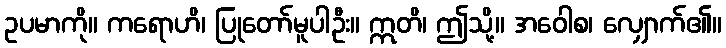
ဥပမာကို။ ကရောဟိ၊ ပြုတော်မူပါဦး။ ဣတိ၊ ဤသို့။ အဝေါစ၊ လျှောက်၏။